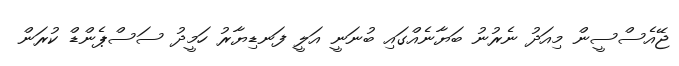
ޖޭއެސްސީން މިއަދު ނެރުނު ބަޔާނެއްގައި ބުނަނީ އަލީ ފަނޑިޔާރު ހަމީދު ސަސްޕެންޑް ކުރަން